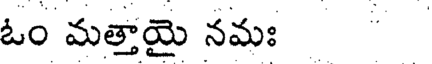
ఓం మత్తాయై నమః